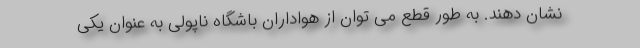
نشان دهند. به طور قطع می توان از هواداران باشگاه ناپولی به عنوان یکی